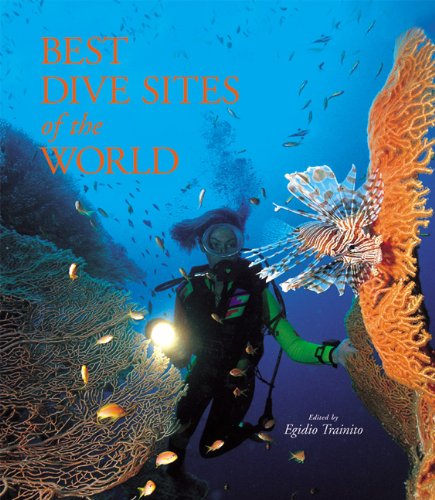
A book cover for The Best Dive Sites of the World; Travel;